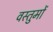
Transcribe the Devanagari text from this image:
वस्तुमों